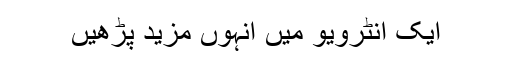
ایک انٹرویو میں انہوں مزید پڑھیں